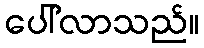
ပေါ်လာသည်။